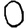
Digit: 0